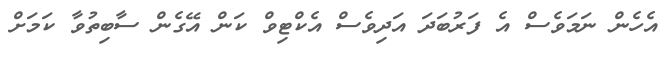
އެހެން ނަމަވެސް އެ ފަރުބަދަ އަދިވެސް އެކްޓިވް ކަން އޭގެން ސާބިތުވާ ކަމަށް